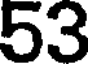
53